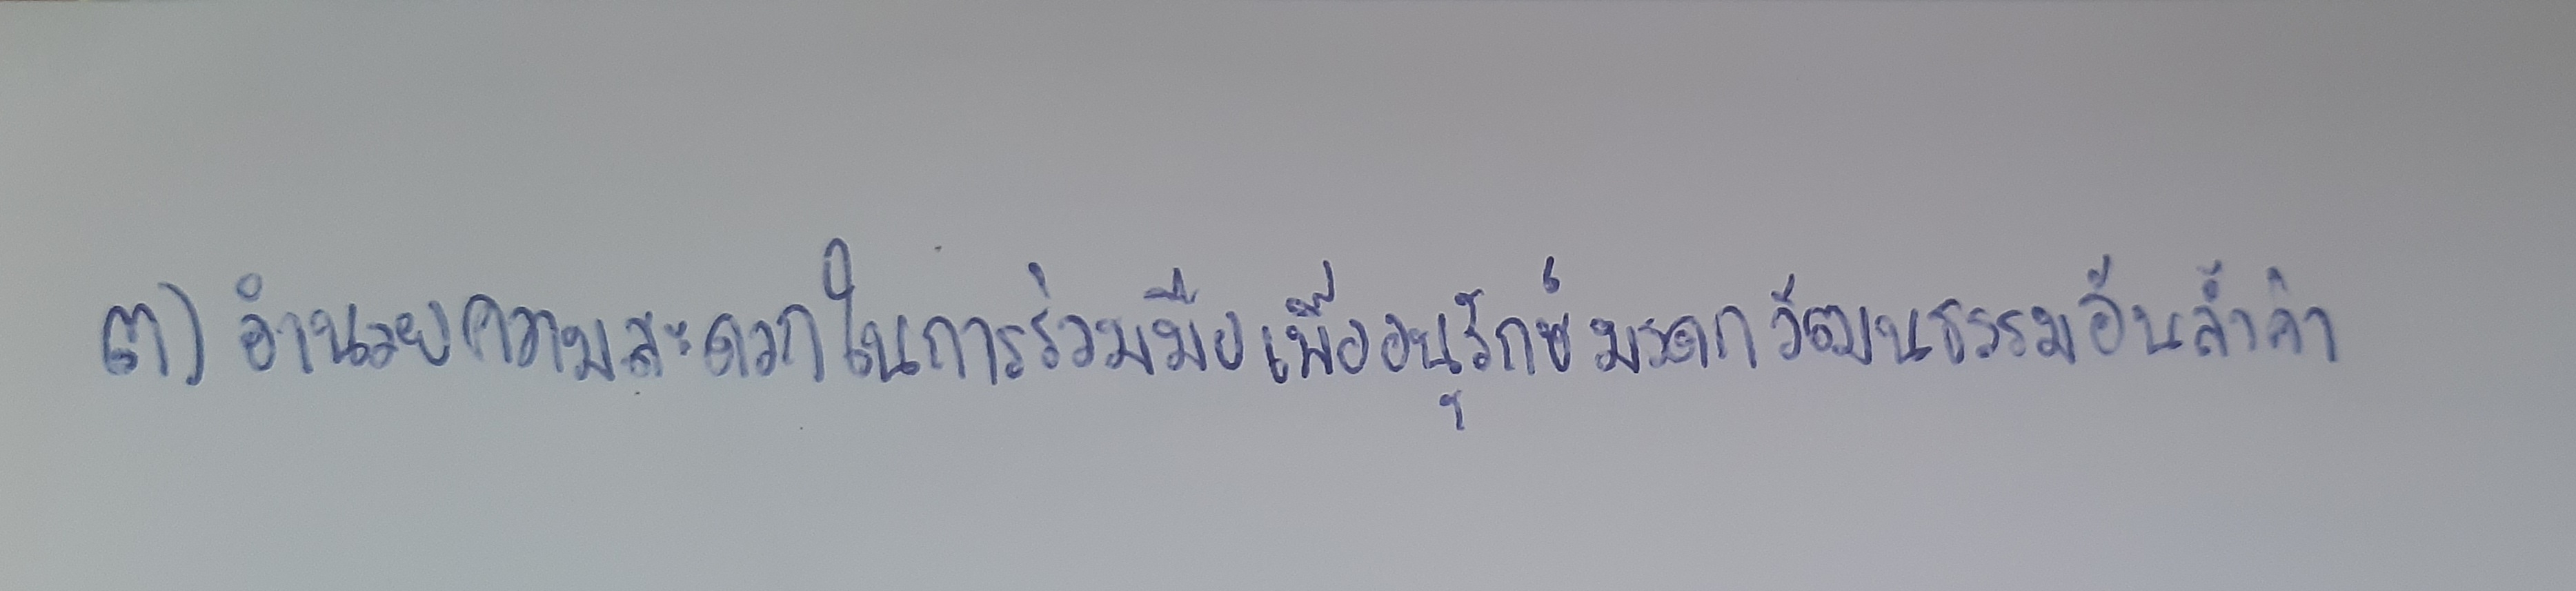
๓)อำนวยความสะดวกในการร่วมมือเพื่ออนุรักษ์มรดกวัฒนธรรมอันล้ำค่า